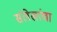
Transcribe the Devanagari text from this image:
संलेखांचा